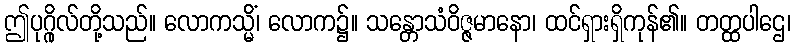
ဤပုဂ္ဂိုလ်တို့သည်။ လောကသ္မိံ၊ လောက၌။ သန္တောသံဝိဇ္ဇမာနော၊ ထင်ရှားရှိကုန်၏။ တတ္ထပါဌေ၊